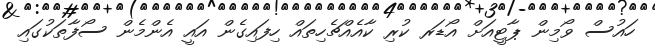
ހައުސް ވޯމިން ޕާޓީއަށް އޯޑަރ ކުރި ކާއެއްޗެހިތައް ހިފައިގެން އައީ އެންމެން ސޯފާތަކުގައި